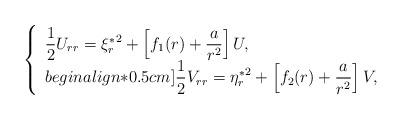
LaTeX: \begin{align*}\left\{\begin{array}{ll}\dfrac{1}{2}U_{rr}={\xi_r^*}^2+\left[f_1(r)+\dfrac{a}{r^2}\right]U,\\begin{align*}0.5cm]\dfrac{1}{2}V_{rr}={\eta_r^*}^2+\left[f_2(r)+\dfrac{a}{r^2}\right]V,\end{array}\right.\end{align*}